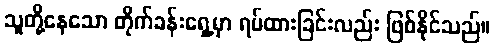
သူတို့နေသော တိုက်ခန်းရှေ့မှာ ရပ်ထားခြင်းလည်း ဖြစ်နိုင်သည်။